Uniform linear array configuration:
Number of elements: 48
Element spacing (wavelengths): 0.5
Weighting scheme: kaiser
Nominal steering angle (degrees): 15
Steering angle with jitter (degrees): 14.376
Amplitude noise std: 0.05
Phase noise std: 0.05

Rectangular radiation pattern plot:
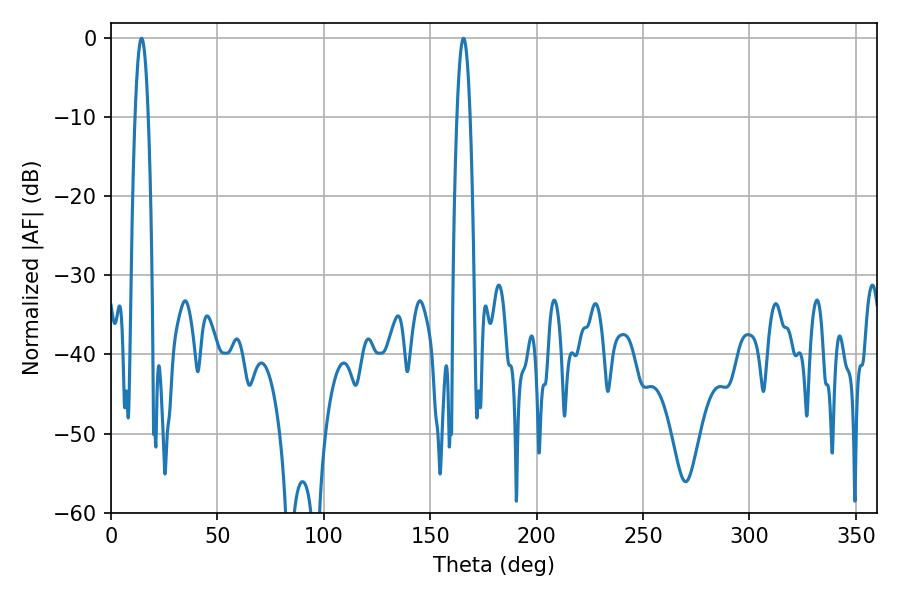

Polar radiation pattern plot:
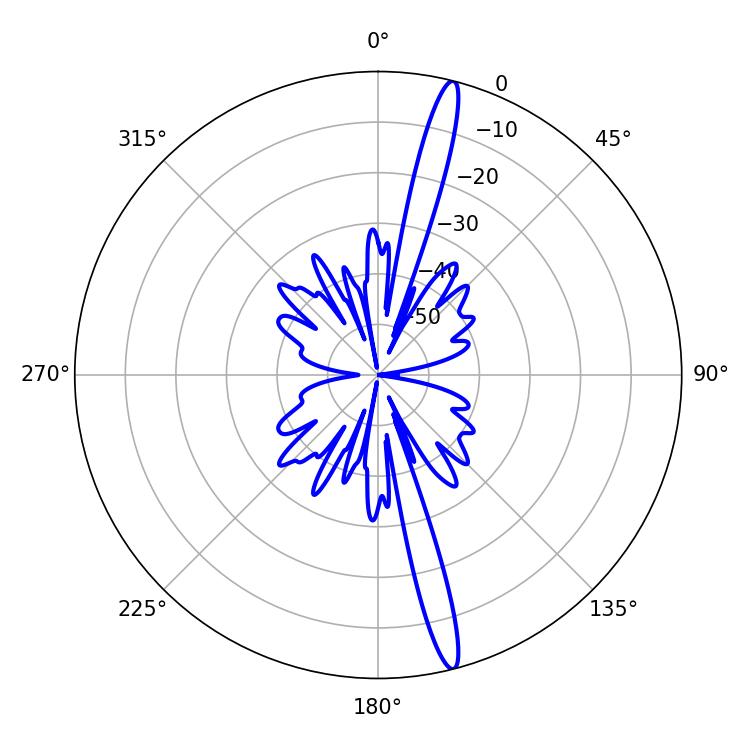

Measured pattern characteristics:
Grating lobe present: FALSE
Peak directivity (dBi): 17.949
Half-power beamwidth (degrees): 3.42
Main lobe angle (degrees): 165.6